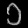
Digit: ၁